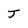
Character: J